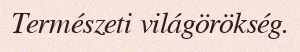
Természeti világörökség.